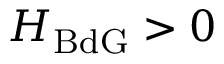
H _ { \mathrm { B d G } } > 0